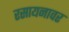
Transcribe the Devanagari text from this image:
रसायनावर